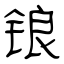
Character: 锒